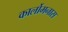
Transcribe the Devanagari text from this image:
कार्लोमनास